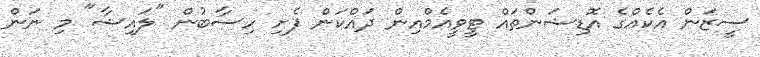
ސީޒަން އެކެއްގެ އޮޑިޝަންތައް ޓީވީއެމްއިން ދައްކަން ފެށި ހިސާބުން "ލައިޝާ" މި ނަން